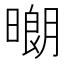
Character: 𱢞